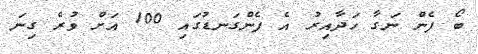
ބޯ ފެން ނަގާ ހަދާއިރު އެ ފެންގަނޑުގައި 100 އަށް ވުރެ ގިނަ